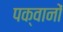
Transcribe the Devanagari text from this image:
पक्वानों